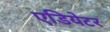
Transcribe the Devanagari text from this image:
एडियेटर